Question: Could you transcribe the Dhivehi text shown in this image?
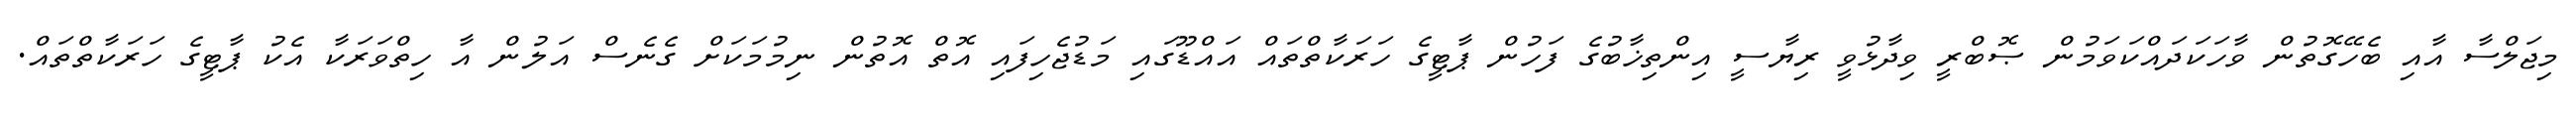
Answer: މިޖަލްސާ އާއި ބެހޭގޮތުން ވާހަކަދައްކަވަމުން ޞޮބްރީ ވިދާޅުވީ ރިޔާސީ އިންތިޚާބުގެ ފަހުން ޕާޓީގެ ހަރަކާތްތައް އައްޑޫގައި މަޑުޖެހިފައި އޮތް އޮތުން ނިމުމަކަށް ގެނެސް އަލުން އާ ހިތްވަރަކާ އެކު ޕާޓީގެ ހަރަކާތްތައް.